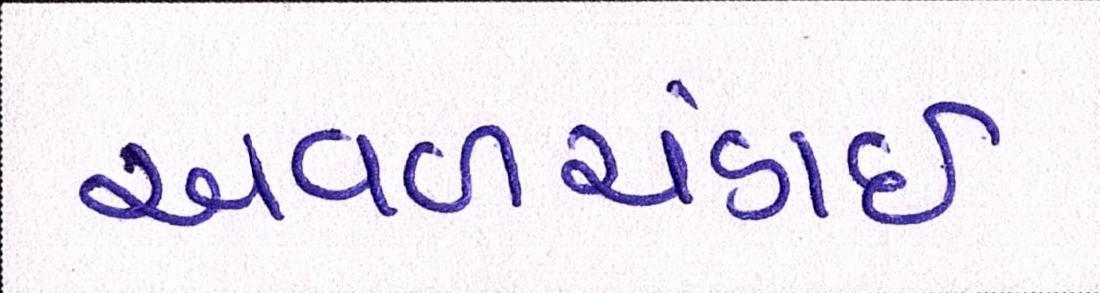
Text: અવળચંડાઇ